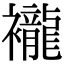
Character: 襱